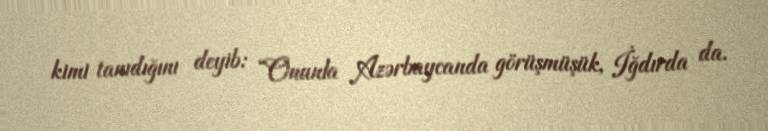
kimi tanıdığını deyib: “Onunla Azərbaycanda görüşmüşük, İğdırda da.